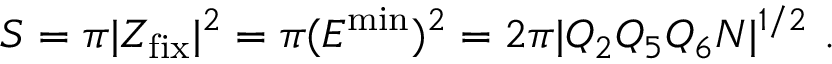
S = \pi | Z _ { \mathrm { f i x } } | ^ { 2 } = \pi ( E ^ { \mathrm { m i n } } ) ^ { 2 } = 2 \pi | Q _ { 2 } Q _ { 5 } Q _ { 6 } N | ^ { 1 / 2 } \ .